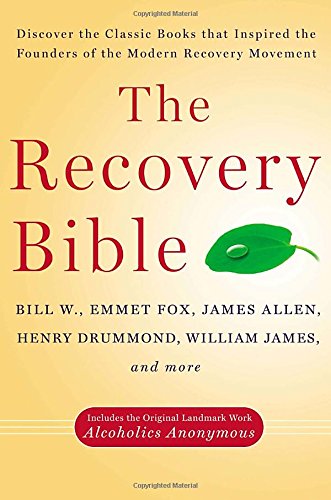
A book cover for The Recovery Bible; Bill W.; Health, Fitness & Dieting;